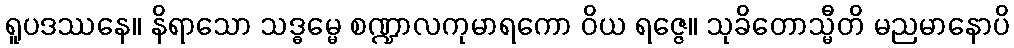
ရူပဒဿနေ။ နိရာသော သဒ္ဓမ္မေ စဏ္ဍာလကုမာရကော ဝိယ ရဇ္ဇေ။ သုခိတောသ္မီတိ မညမာနောပိ